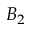
B _ { 2 }